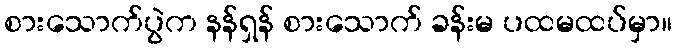
စားသောက်ပွဲက နန်ရှန် စားသောက် ခန်းမ ပထမထပ်မှာ။